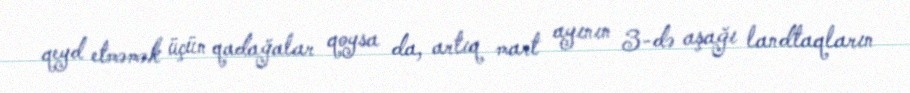
qeyd etməmək üçün qadağalar qoysa da, artıq mart ayının 3-də aşağı landtaqların